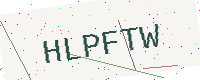
Text: HLPFTW